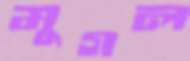
মুগল